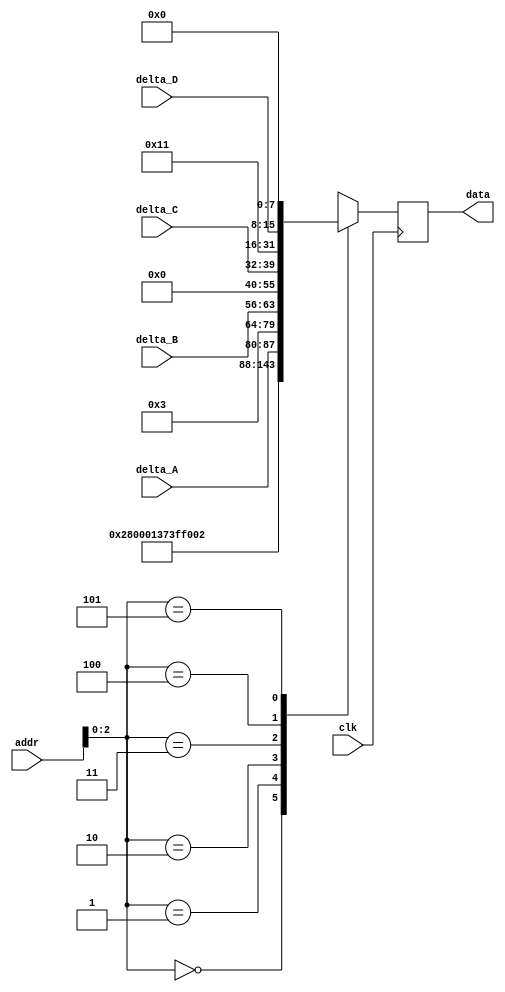
module mems_rom (
    input clk,
    input [3:0] addr,
    input [7:0] delta_A,
    input [7:0] delta_B,
    input [7:0] delta_C,
    input [7:0] delta_D,
    output [23:0] data
  );
 
  reg [23:0] rom_data [5:0];
  reg [23:0] data_d, data_q;
 
  assign data = data_q;
 
  always @(*) begin

  // OLDVI STYLE
  // rom_data[0] = 24'b001010000000000000000001; // SOFT_RESET;
  // rom_data[1] = 24'b001101110011111111111111;//1111; // LDAC SETUP

  // rom_data[2] = {8'b00010000, delta_A, 8'b00011111}; // CH A
  // rom_data[3] = {8'b00010001, delta_B, 8'b00000000}; // CH B
  // rom_data[4] = {8'b00010010, delta_C, 8'b00011111}; // CH C
  // rom_data[5] = {8'b00010011, delta_D, 8'b00000000}; // CH D

  // NEW
    rom_data[0] = 24'b001010000000000000000001; // SOFT_RESET;
    rom_data[1] = 24'b001101110011111111110000;//1111; // LDAC SETUP

    rom_data[2] = {8'b00000010, delta_A, 8'b00000000}; // CH A -- in fact C, doesnt matter
    rom_data[3] = {8'b00000011, delta_B, 8'b00000000}; // CH B -- in fact D
    
    rom_data[4] = {8'b00000000, delta_C, 8'b00000000}; // CH C
    rom_data[5] = {8'b00010001, delta_D, 8'b00000000}; // CH D


    data_d = rom_data[addr];
  end
 

  always @(posedge clk) begin
    data_q <= data_d;
  end
 
endmodule